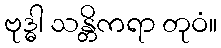
ဗုဒ္ဓါ သန္တိကရာ တုဝံ။